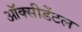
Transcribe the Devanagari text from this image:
ऑक्‍सीडेंटल